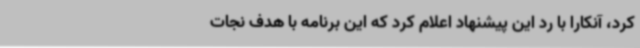
کرد، آنکارا با رد این پیشنهاد اعلام کرد که این برنامه با هدف نجات